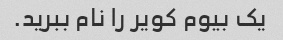
یک بیوم کویر را نام ببرید.